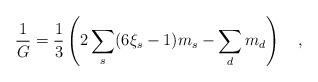
\begin{align*}{1 \over G}=\frac 13 \left(2\sum_s(6\xi_s-1)m_s-\sum_d m_d\right)~~~,\end{align*}